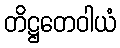
တိဋ္ဌတေဝါယံ